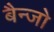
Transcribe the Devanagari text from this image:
बैन्जो